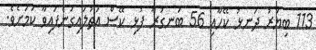
113 ބިޔަރު ދަނޅު ކޭހާއި 56 ބަނގުރާ ފުޅި ކޭސް އަތުލައިގަނެފައިވާ ކަމަށެވެ.